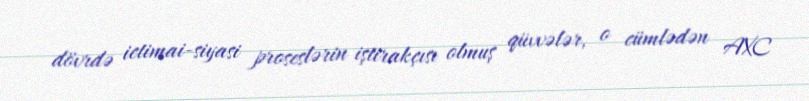
dövrdə ictimai-siyasi proseslərin iştirakçısı olmuş qüvvələr, o cümlədən AXC